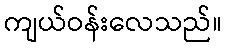
ကျယ်ဝန်းလေသည်။